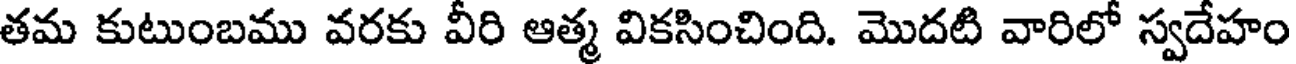
తమ కుటుంబము వరకు వీరి ఆత్మ వికసించింది. మొదటి వారిలో స్వదేహం